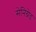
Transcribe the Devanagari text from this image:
सेनिग्रेड